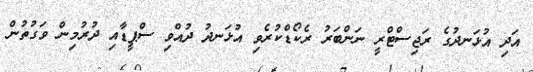
އަދި އުޅަނދުގެ ރަޖިސްޓްރީ ނަންބަރު ރެކޯޑްކުރެވި އުޅަނދު ދުއްވި ސްޕީޑާއި ދުރުމިން ވަގުތުން